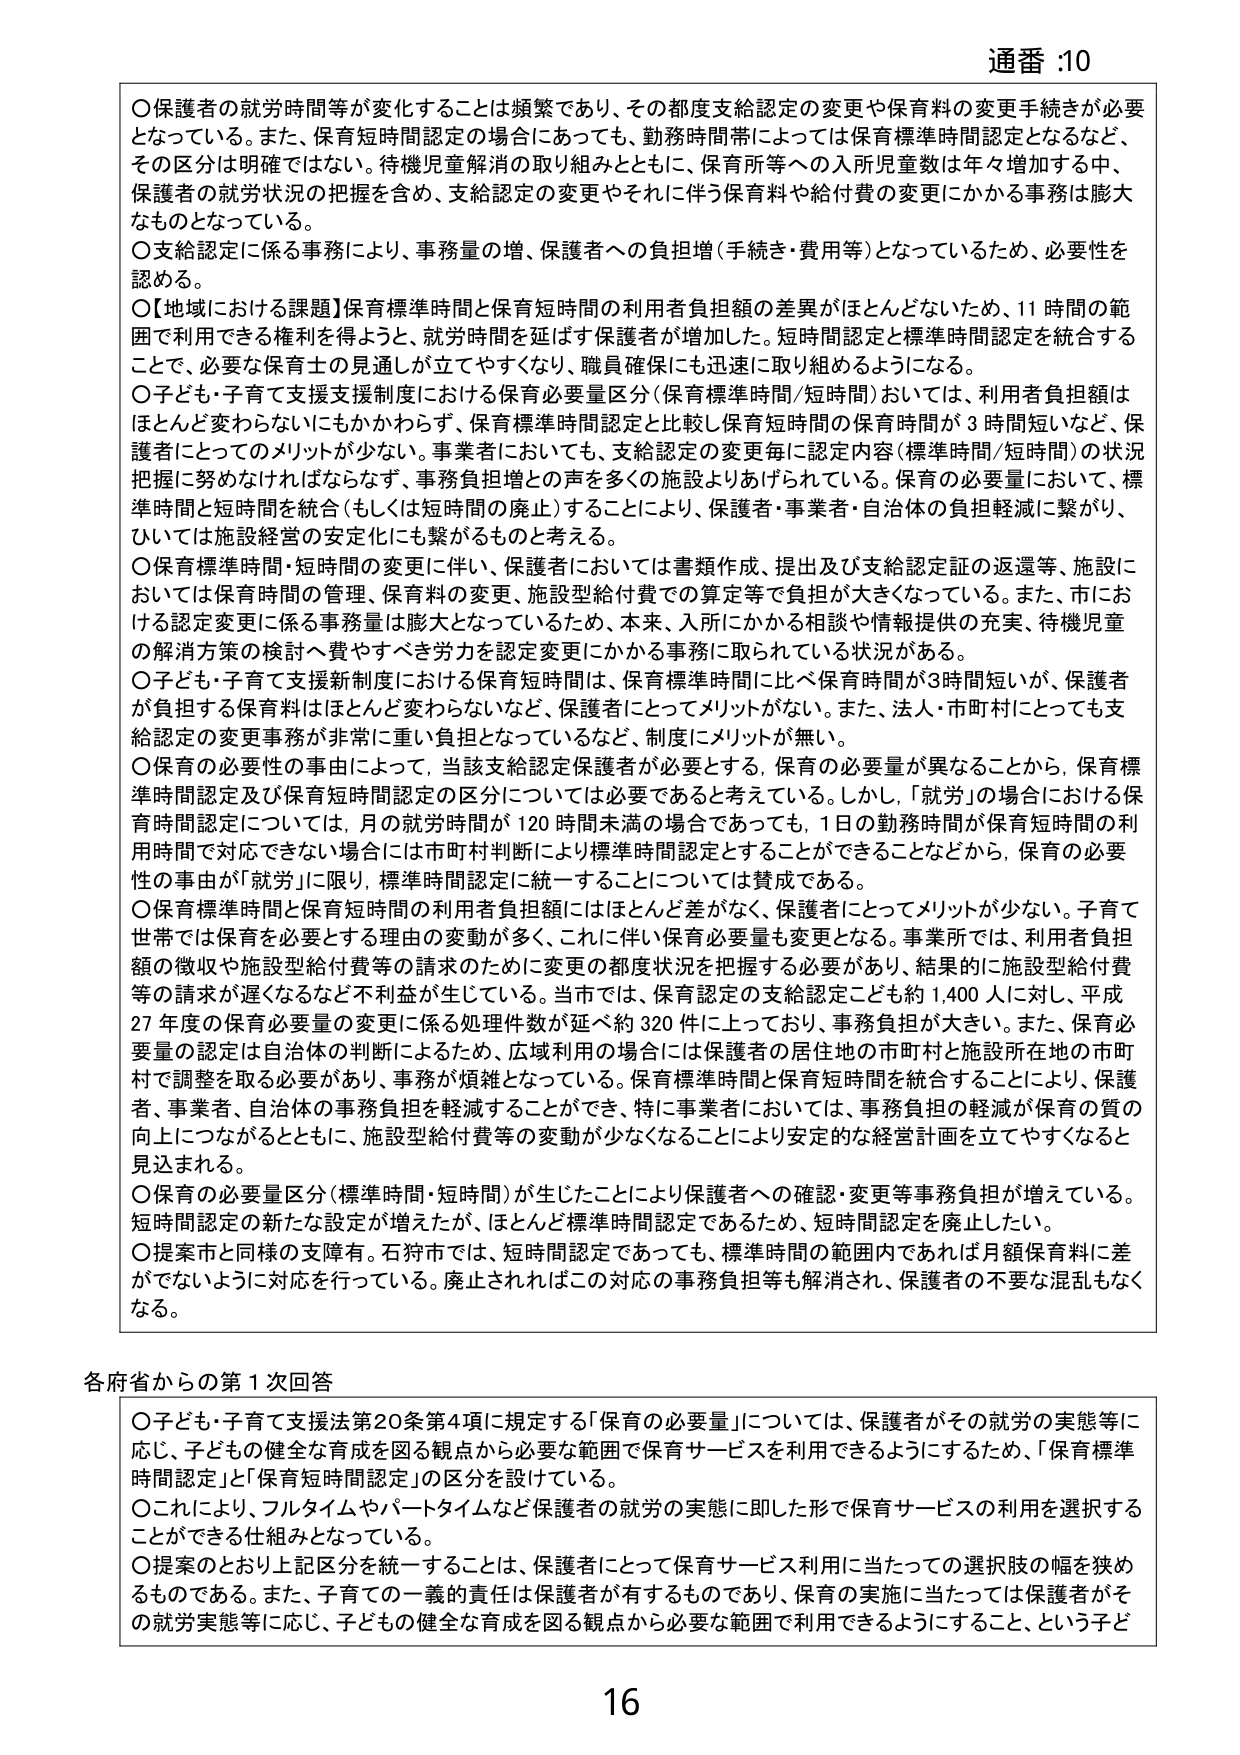
通番 :10

〇保護者の就労時間等が変化することは頻繁であり、その都度支給認定の変更や保育料の変更手続きが必要となっている。また、保育短時間認定の場合にあっても、勤務時間帯によっては保育標準時間認定となるなど、その区分は明確ではない。待機児童解消の取り組みとともに、保育所等への入所児童数は年々増加する中、保護者の就労状況の把握を含め、支給認定の変更やそれに伴う保育料や給付費の変更にかかる事務は膨大なものとなっている。

〇支給認定に係る事務により、事務量の増、保護者への負担増（手続き・費用等）となっているため、必要性を認める。

〇【地域における課題】保育標準時間と保育短時間の利用者負担額の差異がほとんどないため、11時間の範囲で利用できる権利を得ようと、就労時間を延ばす保護者が増加した。短時間認定と標準時間認定を統合することで、必要な保育士の見通しが立てやすくなり、職員確保にも迅速に取り組めるようになる。

〇子ども・子育て支援支援制度における保育必要量区分（保育標準時間/短時間）おいては、利用者負担額はほとんど変わらないにもかかわらず、保育標準時間認定と比較し保育短時間の保育時間が3時間短いなど、保護者にとってのメリットが少ない。事業者においても、支給認定の変更毎に認定内容（標準時間/短時間）の状況把握に努めなければならないず、事務負担増との声を多くの施設よりあげられている。保育の必要量において、標準時間と短時間を統合（もしくは短時間の廃止）することにより、保護者・事業者・自治体の負担軽減に繋がり、ひいては施設経営の安定化にも繋がるものと考える。

〇保育標準時間・短時間の変更に伴い、保護者においては書類作成、提出及び支給認定証の返還等、施設においては保育時間の管理、保育料の変更、施設型給付費での算定等で負担が大きくなっている。また、市における認定変更に係る事務量は膨大となっているため、本来、入所にかかる相談や情報提供の充実、待機児童の解消方策の検討へ費やすべき労力を認定変更にかかる事務に取られている状況がある。

〇子ども・子育て支援新制度における保育短時間は、保育標準時間に比べ保育時間が3時間短いが、保護者が負担する保育料はほとんど変わらないなど、保護者にとってメリットがない。また、法人・市町村にとっても支給認定の変更事務が非常に重い負担となっているなど、制度にメリットが無い。

〇保育の必要性の事由によって、当該支給認定保護者が必要とする、保育の必要量が異なることから、保育標準時間認定及び保育短時間認定の区分については必要であると考えている。しかし、「就労」の場合における保育時間認定については、月の就労時間が120時間未満の場合であっても、1日の勤務時間が保育短時間の利用時間で対応できない場合には市町村判断により標準時間認定とすることができるなどから、保育の必要性の事由が「就労」に限り、標準時間認定に統一することについては賛成である。

〇保育標準時間と保育短時間の利用者負担額にはほとんど差がなく、保護者にとってメリットが少ない。子育て世帯では保育を必要とする理由の変動が多く、これに伴い保育必要量も変更となる。事業所では、利用者負担額の徴収や施設型給付費等の請求のために変更の都度状況を把握する必要があり、結果的に施設型給付費等の請求が遅くなるなど不利益が生じている。当市では、保育認定の支給認定こども約1,400人に対し、平成27年度の保育必要量の変更に係る処理件数が延べ約320件に上っており、事務負担が大きい。また、保育必要量の認定は自治体の判断によるため、広域利用の場合には保護者の居住地の市町村と施設所在地の市町村で調整を取る必要があり、事務が煩雑となっている。保育標準時間と保育短時間を統合することにより、保護者、事業者、自治体の事務負担を軽減することができ、特に事業者においては、事務負担の軽減が保育の質の向上につながるとともに、施設型給付費等の変動が少なくなることにより安定的な経営計画を立てやすくなると見込まれる。

〇保育の必要量区分（標準時間・短時間）が生じたことにより保護者への確認・変更等事務負担が増えていている。短時間認定の新たな設定が増えたが、ほとんど標準時間認定であるため、短時間認定を廃止したい。

〇提案市と同様の支障有。石狩市では、短時間認定であっても、標準時間の範囲内であれば月額保育料に差がでないように対応を行っている。廃止されればこの対応の事務負担等も解消され、保護者の不要な混乱もなくなる。

各府省からの第1次回答

〇子ども・子育て支援法第20条第4項に規定する「保育の必要量」については、保護者がその就労の実態等に応じ、子どもの健全な育成を図る観点から必要な範囲で保育サービスを利用できるようにするため、「保育標準時間認定」と「保育短時間認定」の区分を設けている。

〇これにより、フルタイムやパートタイムなど保護者の就労の実態に即した形で保育サービスの利用を選択することができる仕組みとなっている。

〇提案のとおり上記区分を統一することは、保護者にとって保育サービス利用に当たっての選択肢の幅を狭めるものである。また、子育ての一義的責任は保護者が有するものであり、保育の実施に当たっては保護者がその就労実態等に応じ、子どもの健全な育成を図る観点から必要な範囲で利用できるようにすること、という子ど

16